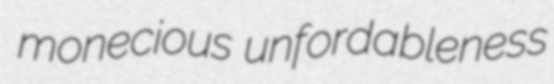
monecious unfordableness